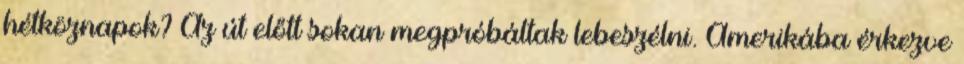
hétköznapok? Az út előtt sokan megpróbáltak lebeszélni. Amerikába érkezve